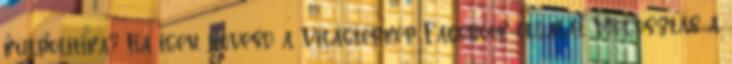
külpolitika? Ha igen, kövesd a Világtérkép Facebook-oldalát Megosztás a